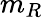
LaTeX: m_{R}